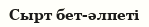
Сырт бет-әлпеті